Kambja_algkool, lk 129
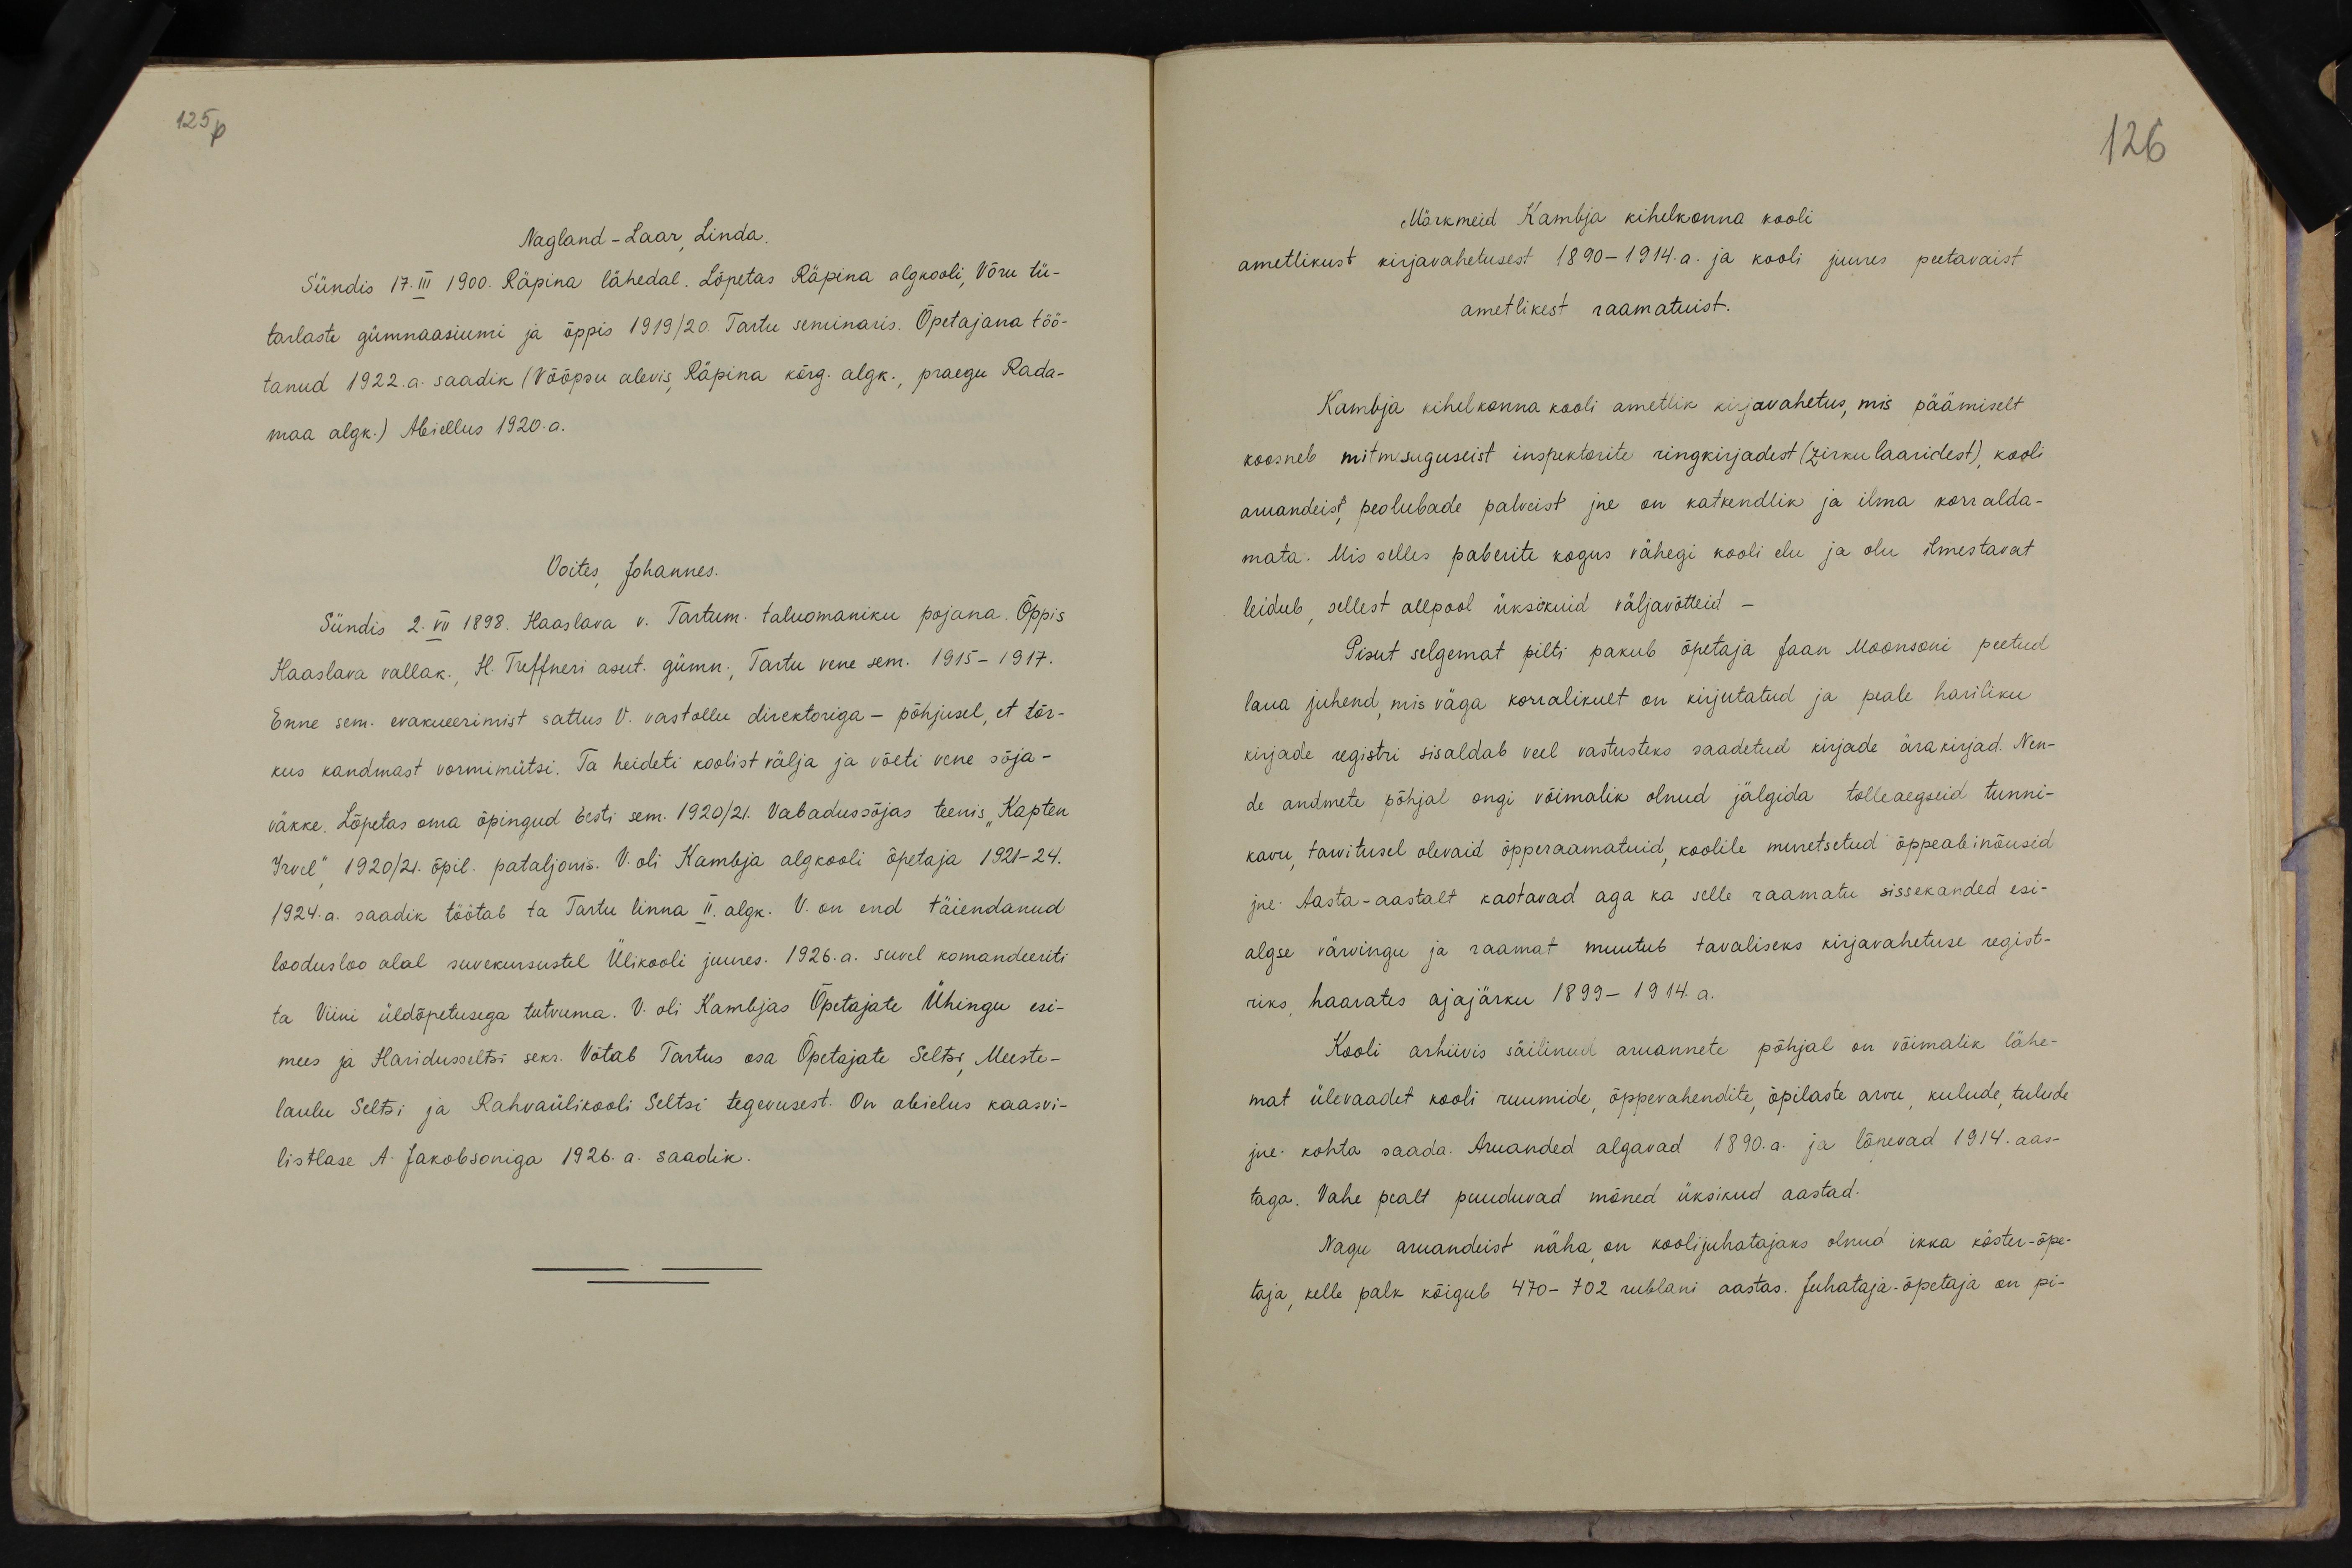
125p

126

Nagland - Laar, Linda.
Sündis 17.III 1900. Räpina lähedal. Lõpetas Riipina algkooli, Võru tü-
tarlaste gümnaasiumi ja õppis 1919/20. Tartu seminaris. Õpetajana töö-
tanud 1922.a. saadik (Võõpsu alevis, Räpina kõrg. algk., praegu Rada-
maa algk.) Abiellus 1920.a.
Voites, Johannes.
Sündis 2. VII 1898. Haaslava v. Tartum. taluomaniku pojana. Õppis
Haaslava vallak., H. Treffneri asut. gümn., Tartu vene sem. 1915-1917.
Enne sem. evakueerimist sattus V. vastollu direktoriga - põhjusel, et tõr-
kus kandmast vormimütsi. Ta heideti koolist välja ja võeti vene sõja-
väkke. Lõpetas oma õpingud Eesti sm. 1920/21. Vabadussõjas teenis "Kapten
Irvel", 1920/21. õpil. pataljonis. V. oli Kambja algkooli õpetaja 1921-24.
1924. a. saadik töötab ta Tartu linna II. algk. V. on end täiendanud
loodusloo alal suvekursustel Ülikooli juures. 1926.a. suvel komandeeriti
ta Viini üldõpetusega tutvuma. V. oli Kambjas Õpetajate Ühingu esi-
mees ja Hariduseltsi sekr. Võtab Tartus osa Õpetajate Seltsi, Meeste-
laulu Seltsi ja Rahväülikooli Seltsi tegevusest. On abielus kaasvi-
listlase A. Jakobsoniga 1926.a. saadik.

Märkmeid Kambja kihelkonna kooli
ametlikust kirjavahetusest 1890-1914. a. ja kooli juures peetavaist
ametlikest raamatuist.
Kambja kihelkonna kooli ametlik kirjavahetus, mis päämiselt
koosneb mitmeuguseist inspektorite ringkirjadest (zirkulaaridest), kooli
aruandeist, peolubade palveist jne on katkendlik ja ilma korralda-
mata. Mis selles paberite kogus vähegi kooli elu ja olu ilmestavat
leidub, sellest allpool üksikuid väljavõtteid -
Pisut selgemat pilti pakub õpetaja Jaan Moonsoni peetud
laua juhend, mis väga korralikult on kirjutatud ja peale hariliku
kirjade registri sisaldab veel vastusteks saadetud kirjale ärakirjad. Nen-
de andmete põhjal ongi võimalik olnud jälgida tolleaegseid tunni-
kavu, tarvitusel olevaid õpperaamatuid, koolile muretsetud õppeabinõusid
jne. Aasta-aastalt kaotavad aga ka selle raamatu sissekanded esi-
algse värvingu ja raamat muutub tavaliseks kirjavahetuse regist-
riks, haarates ajajärku 1899 - 1914. a.
Kooli arhiivis säilinud aruannete põhjal on võimalik lähe-
mat ülevaadet kooli ruumide õppevahendite, õpilaste arvu, kulude, tulude
jne. kohta saada. Aruanded algavad 1890. a. ja lõpevad 1914. aas-
taga. Vahe pealt puuduvad mõned üksikud aastad.
Nagu aruandeist näha, on koolijuhatajaks olnud ikka köster-õpe-
taja, kelle palk kõigub 470- 702 rublani aastas. Juhataja-õpetaja on pi-